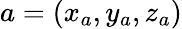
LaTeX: a=(x_{a},y_{a},z_{a})